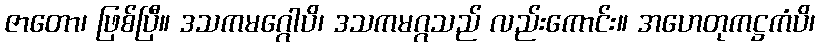
ဇာတော၊ ဖြစ်ပြီ။ ဒသကမဂ္ဂေါပိ၊ ဒသကမဂ္ဂသည် လည်းကောင်း။ အဟေတုကဋ္ဌကံပိ၊